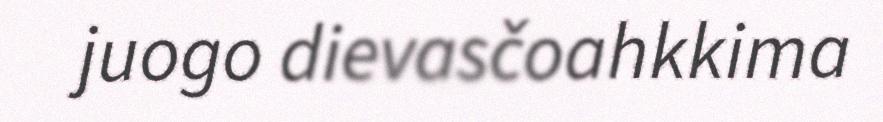
juogo dievasčoahkkima